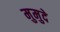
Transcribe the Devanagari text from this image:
मुमुदे